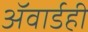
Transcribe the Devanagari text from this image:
ॲवार्डही